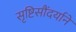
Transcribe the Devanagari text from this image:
सृष्टिसौंदर्याने